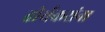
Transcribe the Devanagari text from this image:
तीर्थकरांना